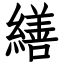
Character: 繕